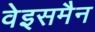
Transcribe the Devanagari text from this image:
वेइसमैन